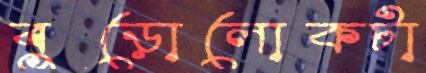
বুড়োলোকটা